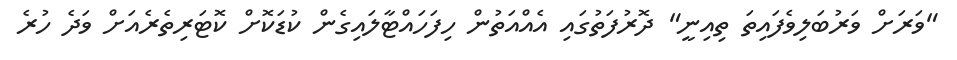
"ވަރަށް ވަރުބަލިވެފައިތަ ތިއިނީ" ދޮރުފަތުގައި އެއްއަތުން ހިފަހައްޓާލައިގެން ކުޑަކޮށް ކޮޓަރިތެރެއަށް ވަދެ ހުރެ